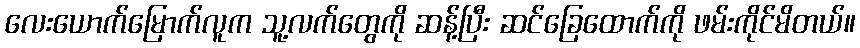
လေးယောက်မြောက်လူက သူ့လက်တွေကို ဆန့်ပြီး ဆင်ခြေထောက်ကို ဖမ်းကိုင်မိတယ်။